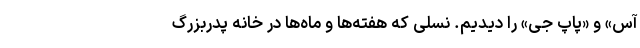
آس» و «پاپ جی» را دیدیم. نسلی که هفته‌ها و ماه‌ها در خانه پدربزرگ